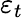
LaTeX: \varepsilon_{t}